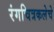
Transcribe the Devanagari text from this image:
रंगचित्रकलेचे